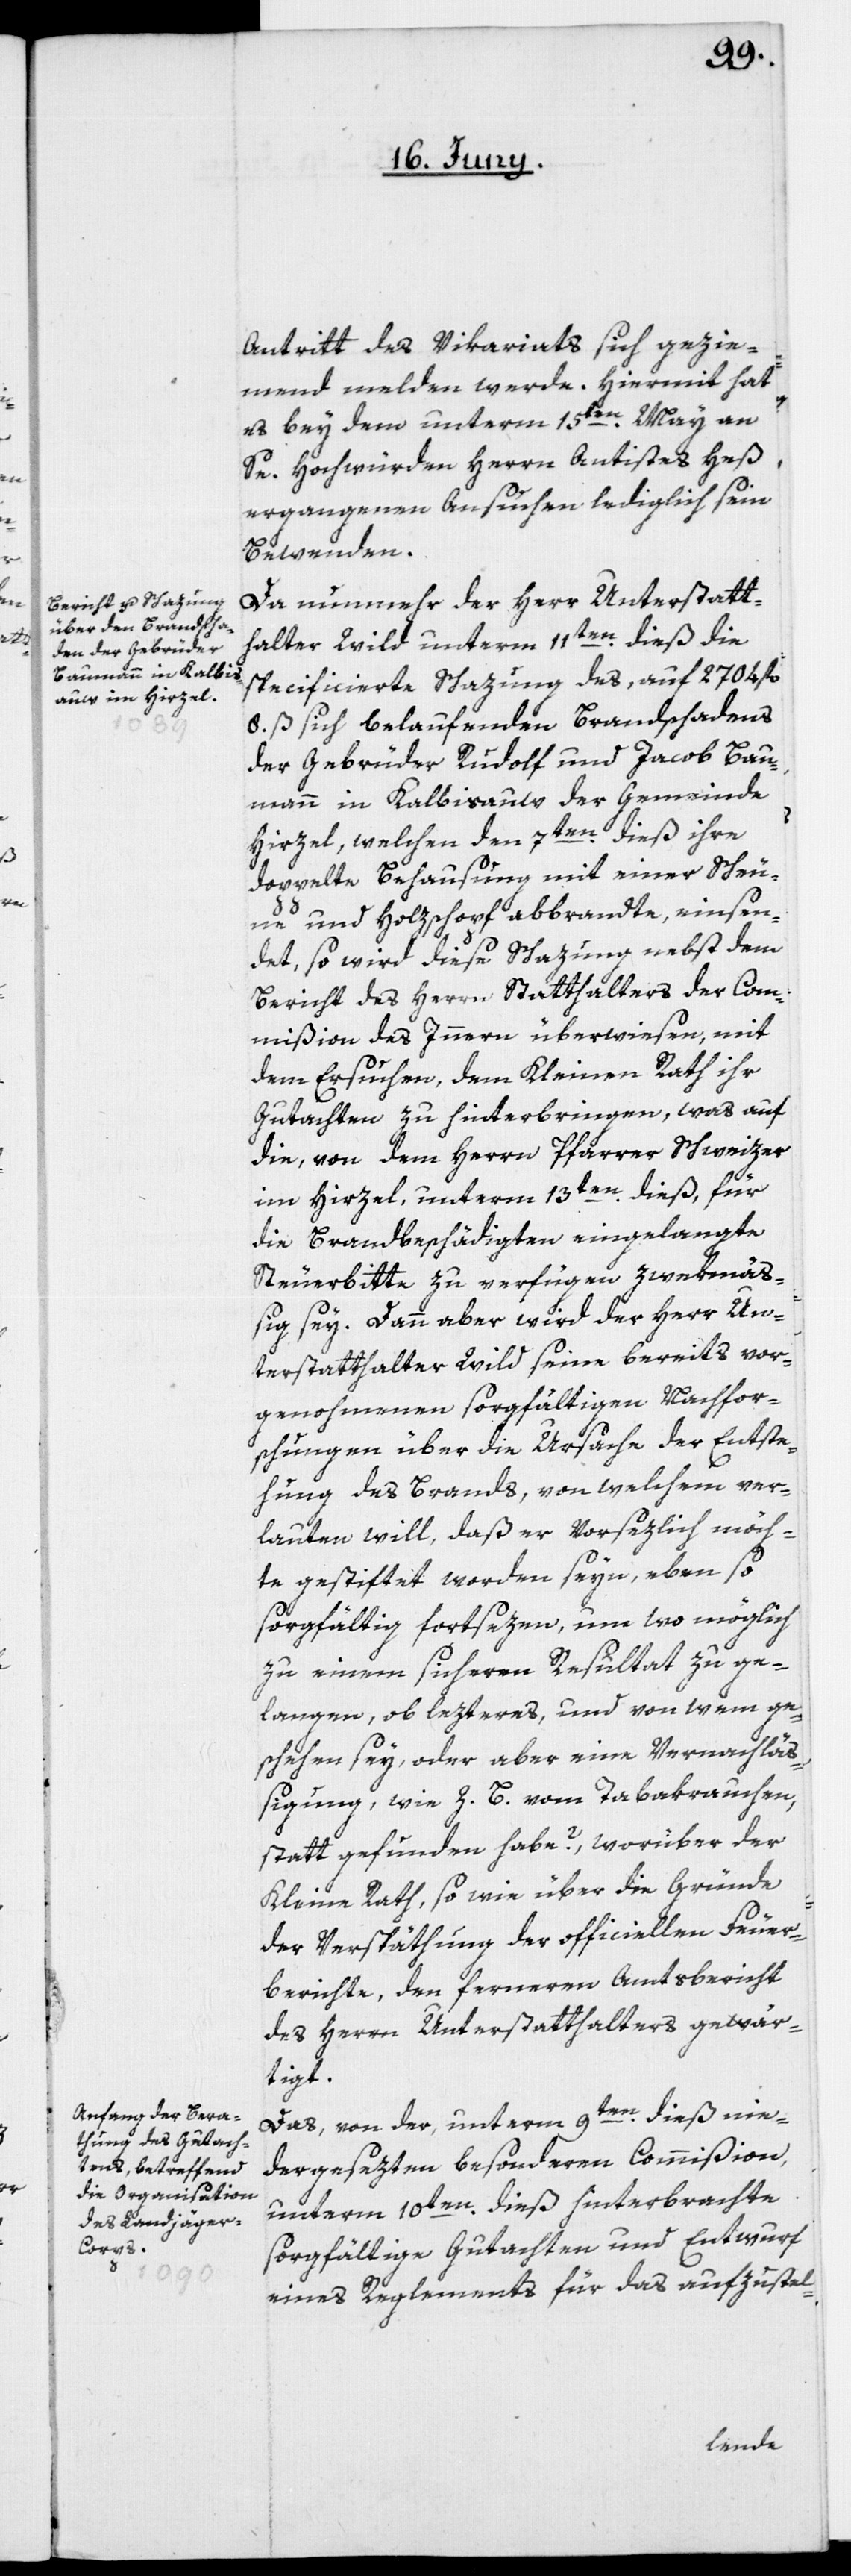
Antritt des Vikariats sich gezie¬
mend melden werde. Hiermit hat
es bey dem unterm 15ten May an
Se. Hochwürden Herrn Antistes Heß
ergangenen Ansuchen lediglich sein
Bewenden.
Da nunmehr der Herr Unterstatt¬
halter Wild unterm 11ten dieß die
spezificierte Schazung des, auf 2704 fl.
8. ß sich belaufenden Brandschadens
der Gebrüder Rudolf und Jacob Bau¬
mann in Kalbisauw der Gemeinde
Hirzel, welchen den 7ten dieß ihre
doppelte Behausung mit einer Scheu¬
ne und Holzschopf abbrandte, einsen¬
det, so wird diese Schazung nebst dem
Bericht des Herrn Statthalters der Com¬
mißion des Innern überwiesen, mit
dem Ersuchen, dem Kleinen Rath ihr
Gutachten zu hinterbringen, was auf
die, von dem Herrn Pfarrer Schweizer
im Hirzel, unterm 13ten dieß, für
die Brandbeschädigten eingelangte
Steuerbitte zu verfügen zwekmäß¬
ig sey. Dann aber wird der Herr Un¬
terstatthalter Wild seine bereits vor¬
genohmenen sorgfältigen Nachfor¬
schungen über die Ursache der Entste¬
hung des Brands, von welchem ver¬
lauten will, daß er vorsezlich möch¬
te gestiftet worden seyn, eben so
sorgfältig fortsezen, um wo möglich
zu einem sicheren Resultat zu ge¬
langen, ob lezteres, und von wem ge¬
schehen sey, oder aber eine Vernachlä¬
ßigung, wie z. B. vom Tabakrauchen
stattgefunden habe?, worüber der
Kleine Rath, so wie über die Gründe
der Verspäthung der officiellen Feuer¬
berichte, den ferneren Amtsbericht
des Herrn Unterstatthalters gewär¬
tigt.
Das, von der unterm 9ten dieß nie¬
dergesezten besonderen Commißion,
unterm 10ten dieß hinterbrachte
sorgfältige Gutachten und Entwurf
eines Reglements für das aufzustel-